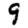
Digit: 9